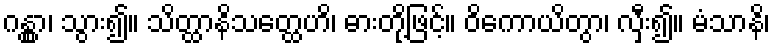
ဂန္တွာ၊ သွား၍။ သိတ္ထာနိသတ္ထေဟိ၊ ဓားတို့ဖြင့်။ ဝိကောယိတွာ၊ လှီး၍။ မံသာနိ၊